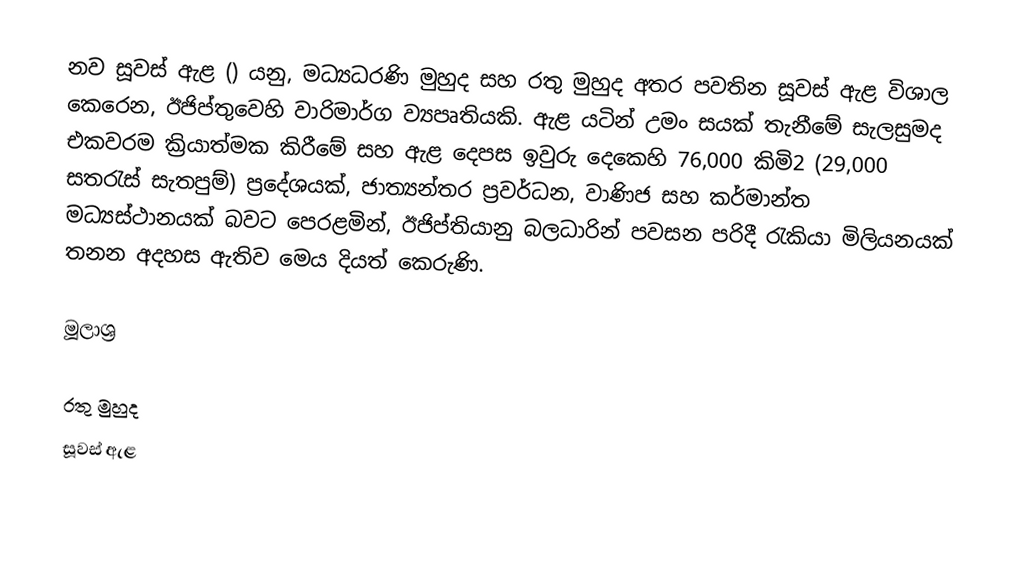
නව සූවස් ඇළ () යනු,  මධ්‍යධරණි මුහුද සහ රතු මුහුද අතර පවතින සූවස් ඇළ  විශාල කෙරෙන,  ඊජිප්තුවෙහි වාරිමාර්ග ව්‍යපෘතියකි. ඇළ යටින් උමං සයක් තැනීමේ සැලසුමද එකවරම ක්‍රියාත්මක කිරීමේ  සහ ඇළ දෙපස ඉවුරු දෙකෙහි  76,000 කිමි2 (29,000 සතරැස් සැතපුම්)  ප්‍රදේශයක්,  ජාත්‍යන්තර  ප්‍රවර්ධන, වාණිජ සහ කර්මාන්ත  මධ්‍යස්ථානයක් බවට පෙරළමින්, ඊජිප්තියානු බලධාරින් පවසන පරිදී රැකියා මිලියනයක් තනන අදහස ඇතිව මෙය දියත් කෙරුණි.

මූලාශ්‍ර

රතු මුහුද
සූවස් ඇළ